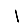
Digit: 1